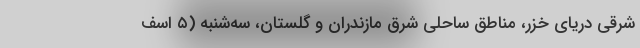
شرقی دریای خزر، مناطق ساحلی شرق مازندران و گلستان، سه‌شنبه (۵ اسف